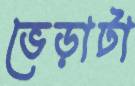
ভেড়াটা